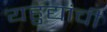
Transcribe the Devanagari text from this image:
यहुद्यांची